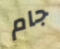
جام